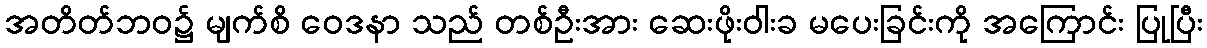
အတိတ်ဘဝ၌ မျက်စိ ဝေဒနာ သည် တစ်ဦးအား ဆေးဖိုးဝါးခ မပေးခြင်းကို အကြောင်း ပြုပြီး